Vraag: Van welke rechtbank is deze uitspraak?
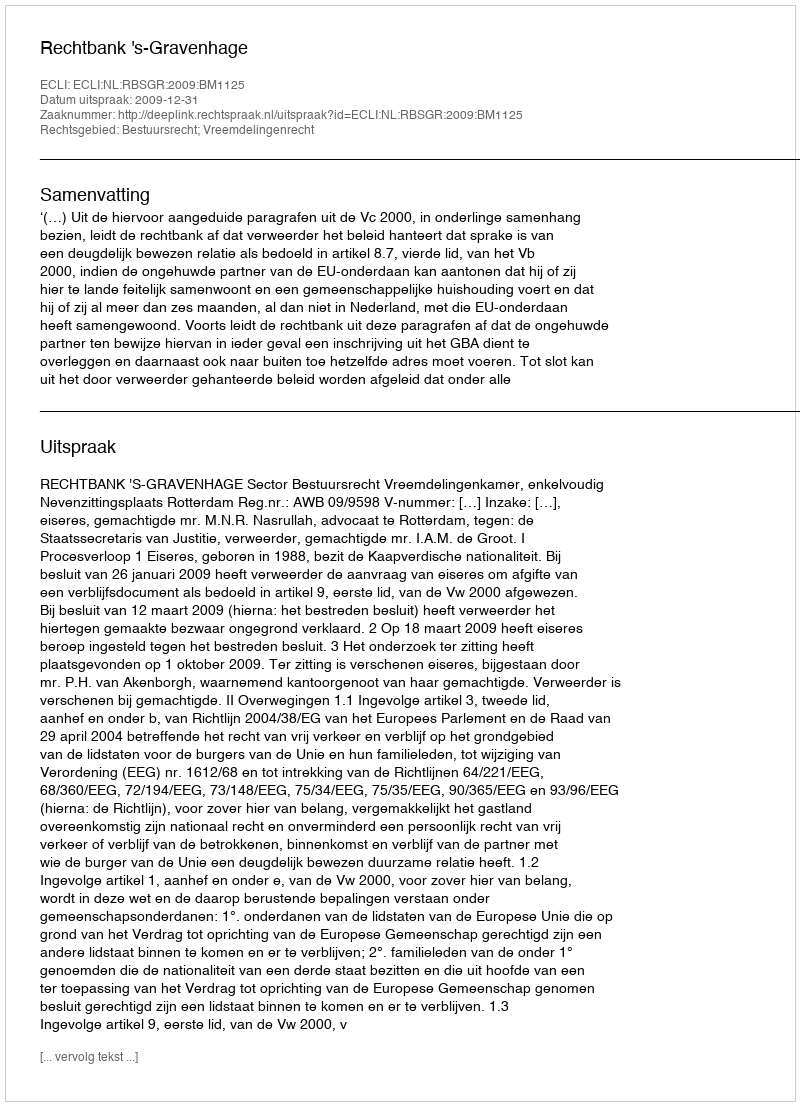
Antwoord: Rechtbank 's-Gravenhage